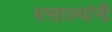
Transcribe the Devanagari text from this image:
मसाल्यांनी